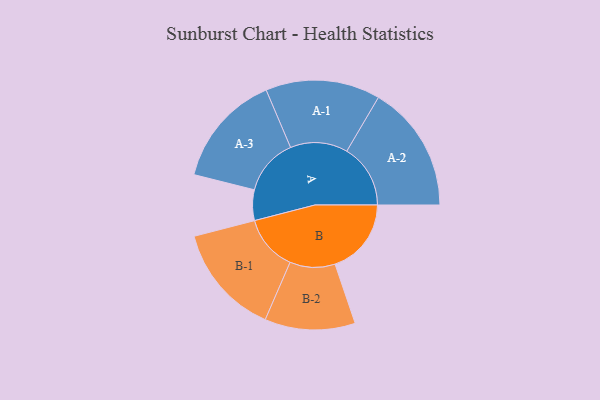
{"axis": {"x": "Segment", "y": "Value"}, "legend": ["", "A", "B"], "data": [{"x": "A", "y": 134, "type": ""}, {"x": "B", "y": 334, "type": ""}, {"x": "A-1", "y": 251, "type": "A"}, {"x": "A-2", "y": 279, "type": "A"}, {"x": "A-3", "y": 248, "type": "A"}, {"x": "B-1", "y": 244, "type": "B"}, {"x": "B-2", "y": 198, "type": "B"}]}